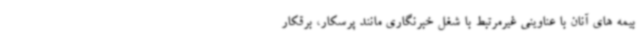
بیمه های آنان با عناوینی غیرمرتبط با شغل خبرنگاری مانند پرسکار، برقکار